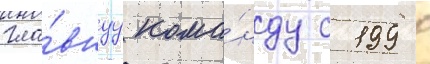
гла́внуу кома́нду с 1998